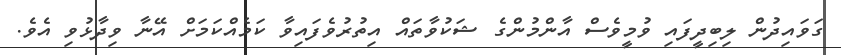
ގަވައިދުން ލިބިދީފައި ވުމީވެސް އާންމުންގެ ޝަކުވާތައް އިތުރުވެފައިވާ ކަމެއްކަމަށް އޭނާ ވިދާޅުވި އެވެ.